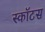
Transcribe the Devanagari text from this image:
स्कॉटस